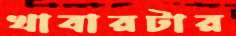
খাবারটার